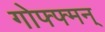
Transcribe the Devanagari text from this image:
गोफ्फ्मन्